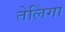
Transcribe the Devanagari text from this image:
तेलिंगा